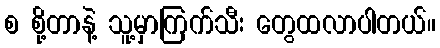
စ စို့တာနဲ့ သူ့မှာကြက်သီး တွေထလာပါတယ်။